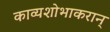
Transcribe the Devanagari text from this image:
काव्यशोभाकरान्